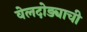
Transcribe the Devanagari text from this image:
वेलदोड्याची